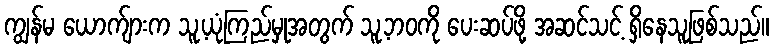
ကျွန်မ ယောက်ျားက သူ့ယုံကြည်မှုအတွက် သူ့ဘဝကို ပေးဆပ်ဖို့ အဆင်သင့် ရှိနေသူဖြစ်သည်။